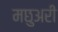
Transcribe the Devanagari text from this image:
मछुअरी